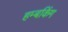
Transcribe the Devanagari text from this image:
हम्बकिंग